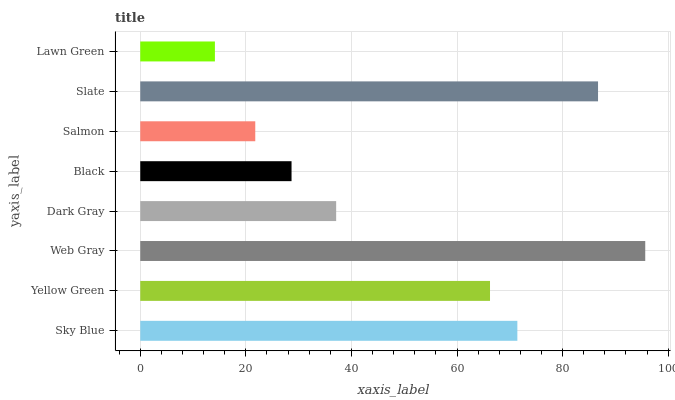
| yaxis_label | bars |
 | --- | --- |
 | Sky Blue | 71.4 |
 | Yellow Green | 66.2 |
 | Web Gray | 95.7 |
 | Dark Gray | 37.1 |
 | Black | 28.7 |
 | Salmon | 21.8 |
 | Slate | 86.7 |
 | Lawn Green | 14.1 |